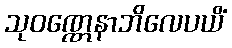
သုဝဏ္ဏေနာဘိလေပယိံ